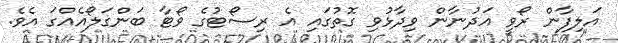
އަލިފާން ރޯވީ އަދުނާން ވިދާޅުވި ގޮތުގައި އެ ރިސޯޓުގެ ވޯޓާ ބަންގަލޯއެއްގަ އެވެ.